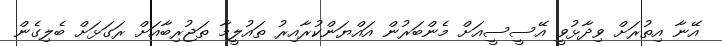
އޭނާ އިތުރަށް ވިދާޅުވީ އޭސީސީއަށް މެންބަރުން އައްޔަންކުރާއިރު ތައުލީމާ ތަޖުރިބާއަށް ރަގަޅަށް ބެލިގެން